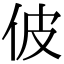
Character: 佊